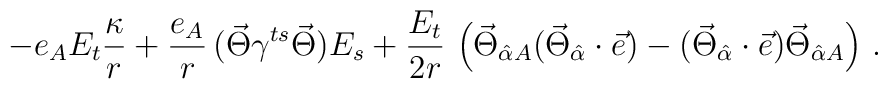
- e_A E_t \frac{\kappa}{r} + \frac{e_A}{r} \, (\vec{\Theta} \gamma^{ts} \vec{\Theta} ) E_s + \frac{E_t}{2r} \, \left( \vec{\Theta}_{\hat{\alpha}A } ( \vec{\Theta}_{\hat{\alpha}} \cdot \vec{e} ) -( \vec{\Theta}_{\hat{\alpha}} \cdot \vec{ e} )  \vec{\Theta}_{\hat{\alpha} A}  \right) \, .